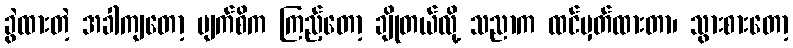
ခွဲထားတဲ့ အခါကျတော့ မျက်စိက ကြည့်တော့ ချိုတယ်လို့ သညာက ထင်မှတ်ထားတာ၊ သွားစားတော့